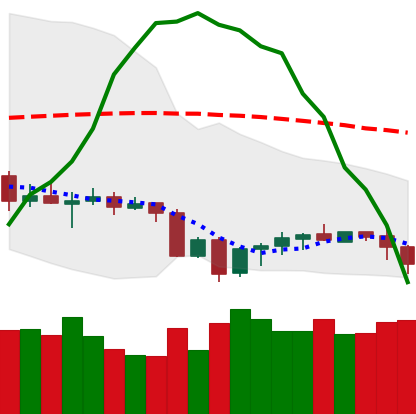
Ticker: EOS-USD
Chart end date: 2020-10-02
Forward return: 6.405%
Label: up_5_7